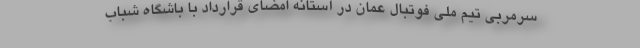
سرمربی تیم ملی فوتبال عمان در آستانه امضای قرارداد با باشگاه شباب